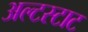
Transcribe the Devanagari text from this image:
अल्टस्टाट